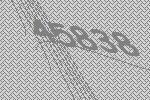
45838